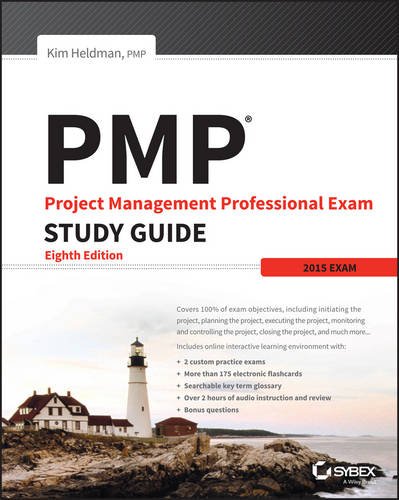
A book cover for PMP: Project Management Professional Exam Study Guide: Updated for 2015 Exam; Kim Heldman; Test Preparation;